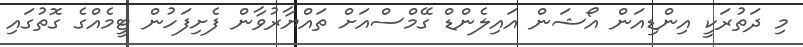
މި ދަތުރަކީ އިންޑިއަން އޯޝަން އައިލެންޑް ގޭމްސްއަށް ތައްޔާރުވާން ފެށިފަހުން ޓީމެއްގެ ގޮތުގައި